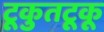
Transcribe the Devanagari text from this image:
टूकुतटूकू